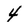
Character: 4